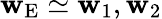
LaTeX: \mathbf{w}_{\mathrm{{E}}}\simeq\mathbf{w}_{1},\mathbf{w}_{2}